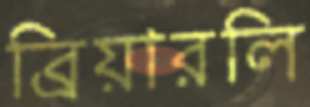
ব্রিয়ারলি